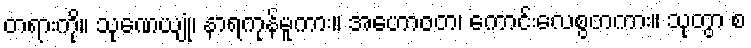
တရားကို။ သုဏေယျုံ၊ နာရကုန်မူကား။ အဟောဝတ၊ ကောင်းလေစွတကား။ သုတွာ စ